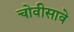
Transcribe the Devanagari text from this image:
चोवीसावे